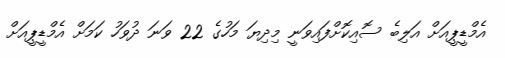
އެމްޑީޕީއަށް އަލިބެ ސޮއިކޮށްފައިވަނީ މިދިޔަ މަހުގެ 22 ވަނަ ދުވަހު ކަމަށް އެމްޑީޕީއަށް